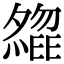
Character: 𡗃